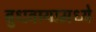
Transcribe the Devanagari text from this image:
बुधवार्‍यामध्ये